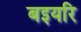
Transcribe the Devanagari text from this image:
बइयरि